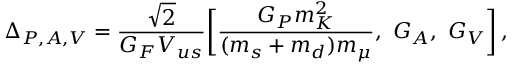
\Delta _ { P , A , V } = { \frac { \sqrt 2 } { G _ { F } V _ { u s } } } \bigg [ { \frac { G _ { P } m _ { K } ^ { 2 } } { ( m _ { s } + m _ { d } ) m _ { \mu } } } , ~ G _ { A } , ~ G _ { V } \bigg ] \, ,